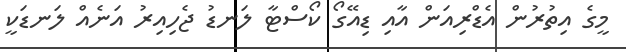
މީގެ އިތުރުން އެޑްރިއަން އާއި ޑިއޭގޯ ކޯސްޓާ ލަނޑު ޖެހިއިރު އަނެއް ލަނޑަކީ